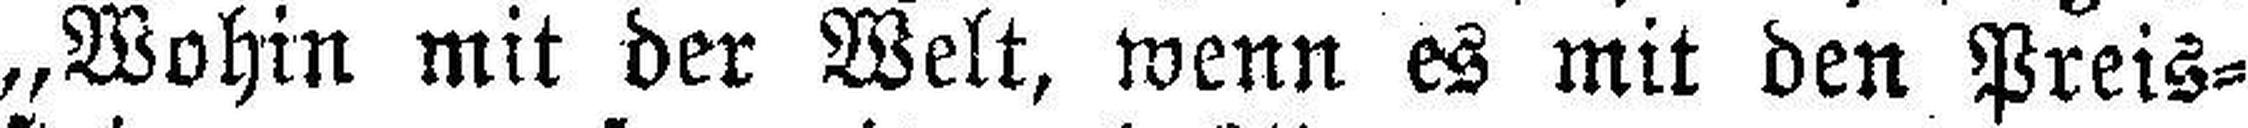
„Wohin mit der Welt, wenn es mit den Preis¬